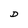
Character: D